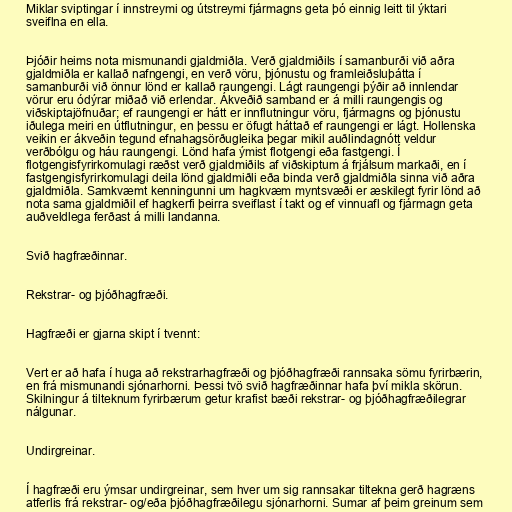
Miklar sviptingar í innstreymi og útstreymi fjármagns geta þó einnig leitt til ýktari
sveiflna en ella.

Þjóðir heims nota mismunandi gjaldmiðla. Verð gjaldmiðils í samanburði við aðra
gjaldmiðla er kallað nafngengi, en verð vöru, þjónustu og framleiðsluþátta í
samanburði við önnur lönd er kallað raungengi. Lágt raungengi þýðir að innlendar
vörur eru ódýrar miðað við erlendar. Ákveðið samband er á milli raungengis og
viðskiptajöfnuðar; ef raungengi er hátt er innflutningur vöru, fjármagns og þjónustu
iðulega meiri en útflutningur, en þessu er öfugt háttað ef raungengi er lágt. Hollenska
veikin er ákveðin tegund efnahagsörðugleika þegar mikil auðlindagnótt veldur
verðbólgu og háu raungengi. Lönd hafa ýmist flotgengi eða fastgengi. Í
flotgengisfyrirkomulagi ræðst verð gjaldmiðils af viðskiptum á frjálsum markaði, en í
fastgengisfyrirkomulagi deila lönd gjaldmiðli eða binda verð gjaldmiðla sinna við aðra
gjaldmiðla. Samkvæmt kenningunni um hagkvæm myntsvæði er æskilegt fyrir lönd að
nota sama gjaldmiðil ef hagkerfi þeirra sveiflast í takt og ef vinnuafl og fjármagn geta
auðveldlega ferðast á milli landanna.

Svið hagfræðinnar.

Rekstrar- og þjóðhagfræði.

Hagfræði er gjarna skipt í tvennt:

Vert er að hafa í huga að rekstrarhagfræði og þjóðhagfræði rannsaka sömu fyrirbærin,
en frá mismunandi sjónarhorni. Þessi tvö svið hagfræðinnar hafa því mikla skörun.
Skilningur á tilteknum fyrirbærum getur krafist bæði rekstrar- og þjóðhagfræðilegrar
nálgunar.

Undirgreinar.

Í hagfræði eru ýmsar undirgreinar, sem hver um sig rannsakar tiltekna gerð hagræns
atferlis frá rekstrar- og/eða þjóðhagfræðilegu sjónarhorni. Sumar af þeim greinum sem